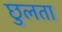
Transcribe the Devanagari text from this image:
छुलता